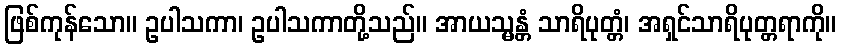
ဖြစ်ကုန်သော။ ဥပါသကာ၊ ဥပါသကာတို့သည်။ အာယသ္မန္တံ သာရိပုတ္တံ၊ အရှင်သာရိပုတ္တရာကို။